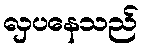
လှပနေသည်